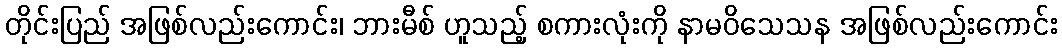
တိုင်းပြည် အဖြစ်လည်းကောင်း၊ ဘားမီစ် ဟူသည့် စကားလုံးကို နာမဝိသေသန အဖြစ်လည်းကောင်း